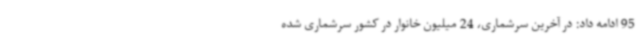
95 ادامه داد: در آخرین سرشماری، 24 میلیون خانوار در کشور سرشماری شده